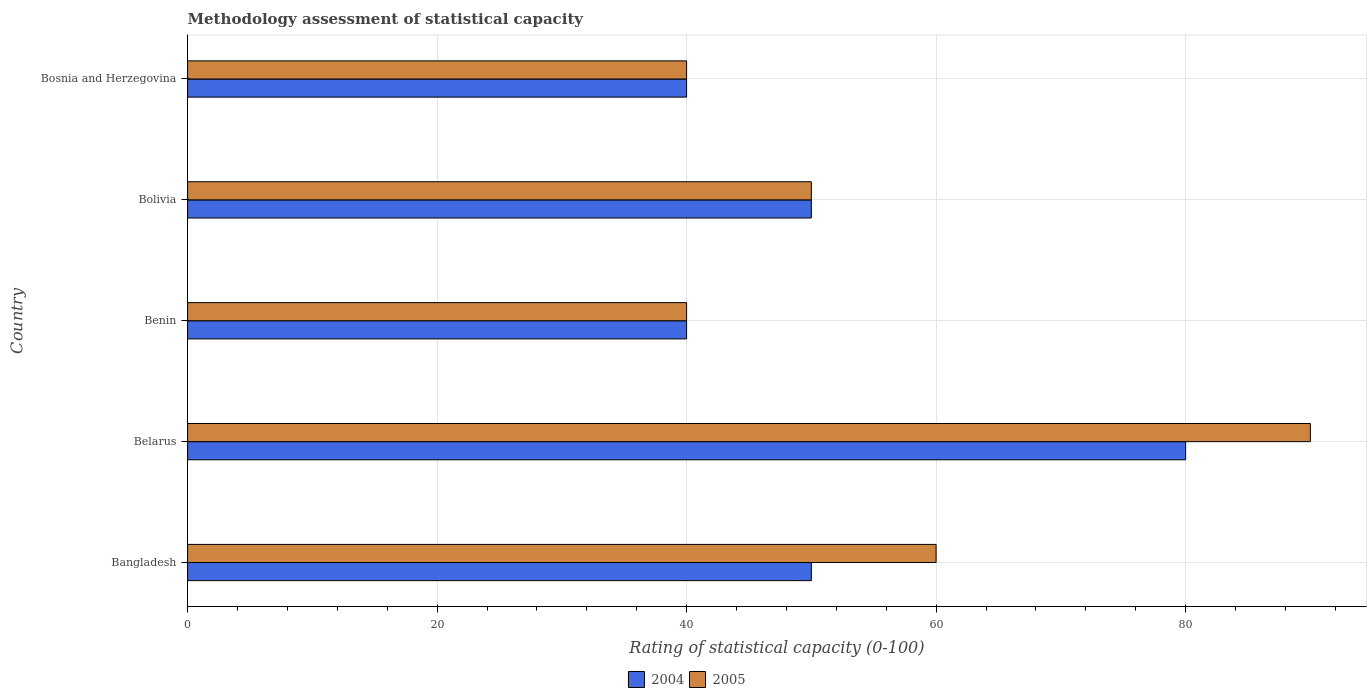
| Country | 2004 | 2005 |
 | --- | --- | --- |
 | Bangladesh | 50 | 60 |
 | Belarus | 80 | 90 |
 | Benin | 40 | 40 |
 | Bolivia | 50 | 50 |
 | Bosnia and Herzegovina | 40 | 40 |